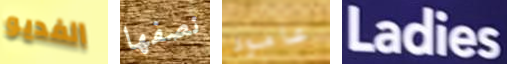
الفديو نصفها عامود Ladies